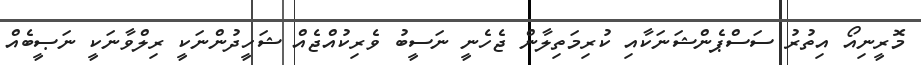
މޮރީނިއޯ އިތުރު ސަސްޕެންޝަނަކާއި ކުރިމަތިލާން ޖެހެނީ ނަސީބު ވެރިކުއްޖެއް ޝަހީދުންނަކީ ރިލްވާނަކީ ނަޞީބެއް